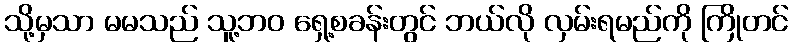
သို့မှသာ မမသည် သူ့ဘဝ ရှေ့စခန်းတွင် ဘယ်လို လှမ်းရမည်ကို ကြိုတင်